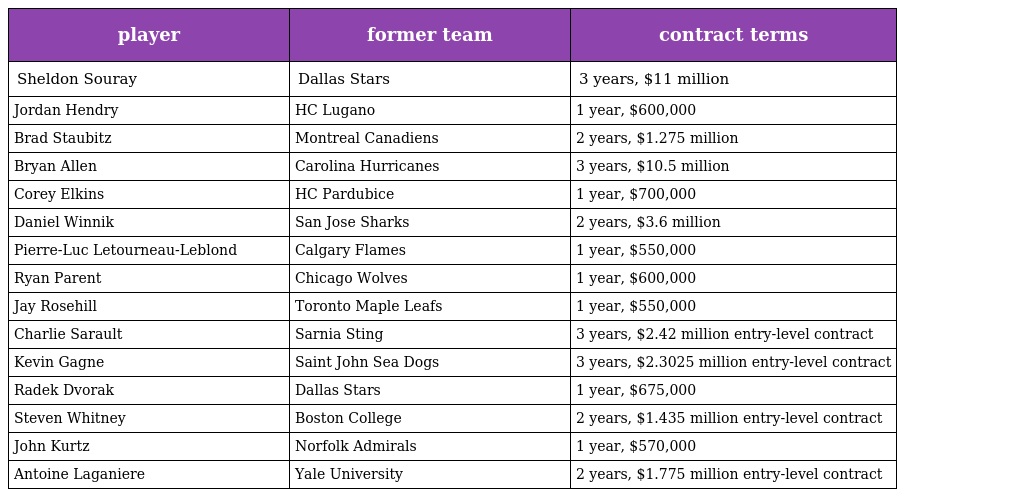
| player | former team | contract terms |
 | --- | --- | --- |
 | Sheldon Souray | Dallas Stars | 3 years, $11 million |
 | Jordan Hendry | HC Lugano | 1 year, $600,000 |
 | Brad Staubitz | Montreal Canadiens | 2 years, $1.275 million |
 | Bryan Allen | Carolina Hurricanes | 3 years, $10.5 million |
 | Corey Elkins | HC Pardubice | 1 year, $700,000 |
 | Daniel Winnik | San Jose Sharks | 2 years, $3.6 million |
 | Pierre-Luc Letourneau-Leblond | Calgary Flames | 1 year, $550,000 |
 | Ryan Parent | Chicago Wolves | 1 year, $600,000 |
 | Jay Rosehill | Toronto Maple Leafs | 1 year, $550,000 |
 | Charlie Sarault | Sarnia Sting | 3 years, $2.42 million entry-level contract |
 | Kevin Gagne | Saint John Sea Dogs | 3 years, $2.3025 million entry-level contract |
 | Radek Dvorak | Dallas Stars | 1 year, $675,000 |
 | Steven Whitney | Boston College | 2 years, $1.435 million entry-level contract |
 | John Kurtz | Norfolk Admirals | 1 year, $570,000 |
 | Antoine Laganiere | Yale University | 2 years, $1.775 million entry-level contract |